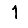
Digit: 1